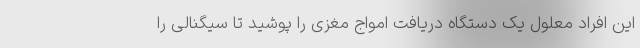
این افراد معلول یک دستگاه دریافت امواج مغزی را پوشید تا سیگنالی را